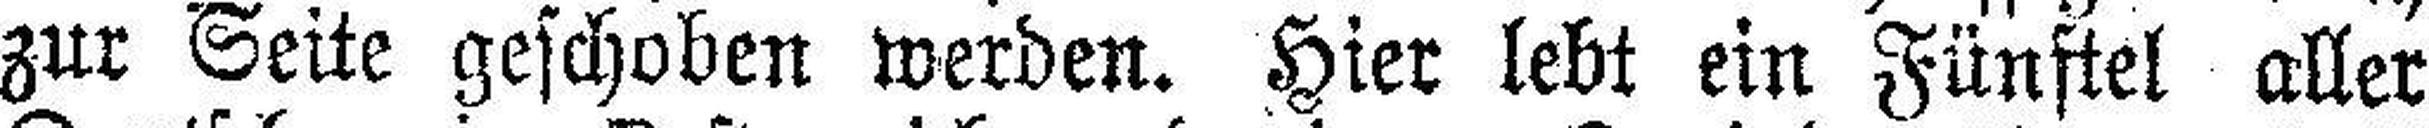
zur Seite geschoben werden. Hier lebt ein Fünftel aller